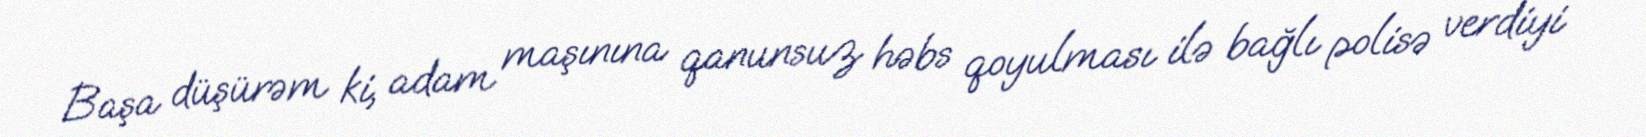
Başa düşürəm ki, adam maşınına qanunsuz həbs qoyulması ilə bağlı polisə verdiyi